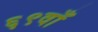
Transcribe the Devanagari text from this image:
६९वाँ